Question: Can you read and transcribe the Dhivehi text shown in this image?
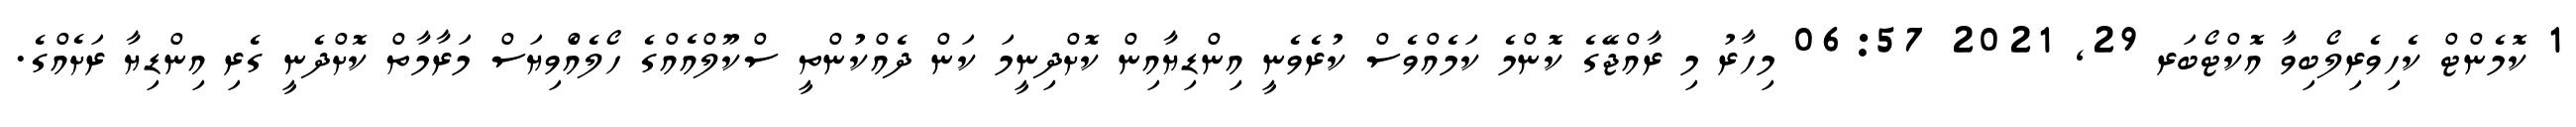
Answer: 1 ކޮމެންޓް ކެހިވެރިލޯބިވާ އޮކްޓޯބަރ 29, 2021 06:57 މިހާރު މި ރާއްޖޭގެ ކޮންމެ ކަމެއްވެސް ކުރެވެނީ އިންޑިޔާއިން ކޮށްދިނީމަ ކަން ދެއްކުންތީ ސްކޫލްއެއްގެ ހޯލެއެްވިޔަސް މަރާމާތް ކޮށްދެނީ ގެރި އިންޑިޔާ ރަށެއްގެ.